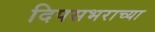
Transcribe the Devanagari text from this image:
दिपसभराच्या